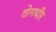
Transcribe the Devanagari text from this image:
तोगधीर